Civil Veterinary Department Bihar reports 1940-50 - 1940-1950
Year: 1940
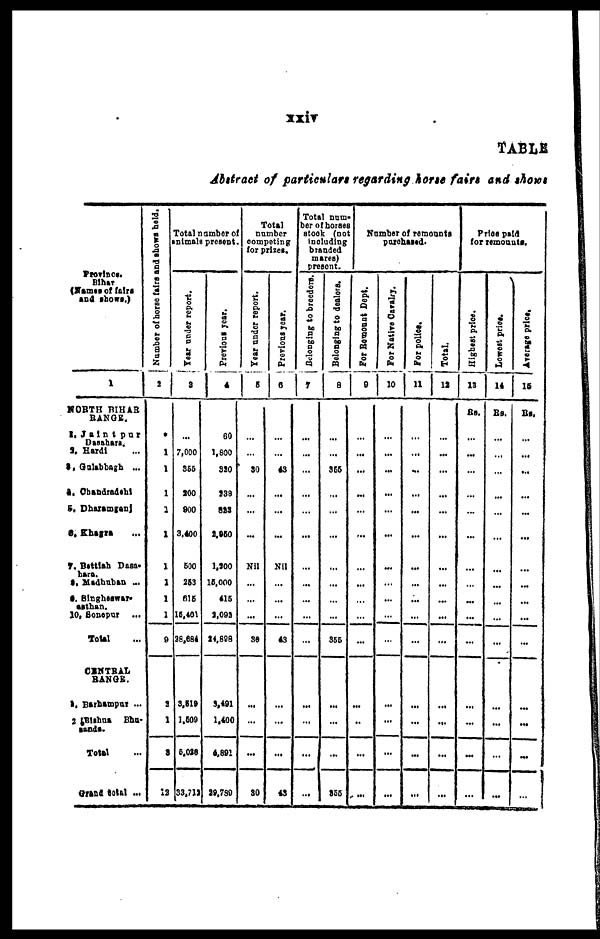
xxiv
TABLE
Abstract of particulars regarding horse fairs and shows
Province.
Bihar
Names of fairs
and shows.)
1
NORTH BIHAR
RANGE.
1. Jaintpur
Dasahara.
2. Hardi ...
3. Gulabbagh ...
4. Chandradahl
5. Dharamganj
6. Khagra ...
7. Bettlah Dasa-
hara.
8. Madhuban ...
9. Singhesway-
asthan.
10. Sonepur ...
Total ...
CENTRAL
RANGE.
1. Barhampur ...
2 Blahna Bhu-
sanda.
Total ...
Grand total ...
Number of horse fairs and shows held.
2
*
1
1
1
1
1
1
1
1
1
9
2
1
3
12
Total number of
nimals present.
Tear under report.
3
...
7,000
S65
300
900
3,400
500
263
616
15,401
28,684
3.619
1.609
5,028
33,712
Previous year.
4
60
1,800
320
238
823
2,950
1,200
16,000
416
2,092
34,898
9,491
1,400
4,891
29,780
Total
number
competing
for prizes.
Tear under report.
5
...
...
30
...
...
...
Nil
...
...
...
38
...
...
...
30
Previous year.
6
...
...
43
...
...
...
Nil
...
...
...
43
...
...
...
43
Total num-
ber of horses
stock (not
including
branded
mares)
present.
Belonging to breeders.
7
...
...
...
...
...
...
...
...
...
...
...
...
...
...
...
Belonging to dealors.
8
...
...
355
...
...
...
...
...
...
...
365
...
...
...
855
Number of remounts
purchased.
For Remount Dept.
9
...
...
...
...
...
...
...
...
...
...
...
...
..
...
...
For Native Cavalry.
10
...
...
...
...
...
...
...
...
...
...
...
...
...
...
...
For police.
11
...
...
...
...
...
...
...
...
...
...
...
...
...
...
...
Total.
12
...
...
...
...
...
...
...
...
...
...
...
...
...
...
...
Price paid
for remounts.
Highest price.
13
Rs.
...
...
...
...
...
...
...
...
...
...
...
...
...
...
...
Lowest price.
14
Rs.
...
...
...
...
...
...
...
...
...
...
...
...
...
...
...
Average price.
15
Rs.
...
...
...
...
...
...
...
...
...
...
...
...
...
...
...